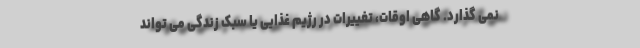
نمی گذارد. گاهی اوقات، تغییرات در رژیم غذایی یا سبک زندگی می تواند